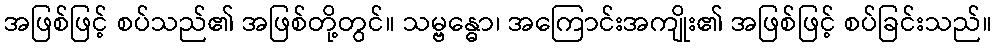
အဖြစ်ဖြင့် စပ်သည်၏ အဖြစ်တို့တွင်။ သမ္ဗန္ဓော၊ အကြောင်းအကျိုး၏ အဖြစ်ဖြင့် စပ်ခြင်းသည်။